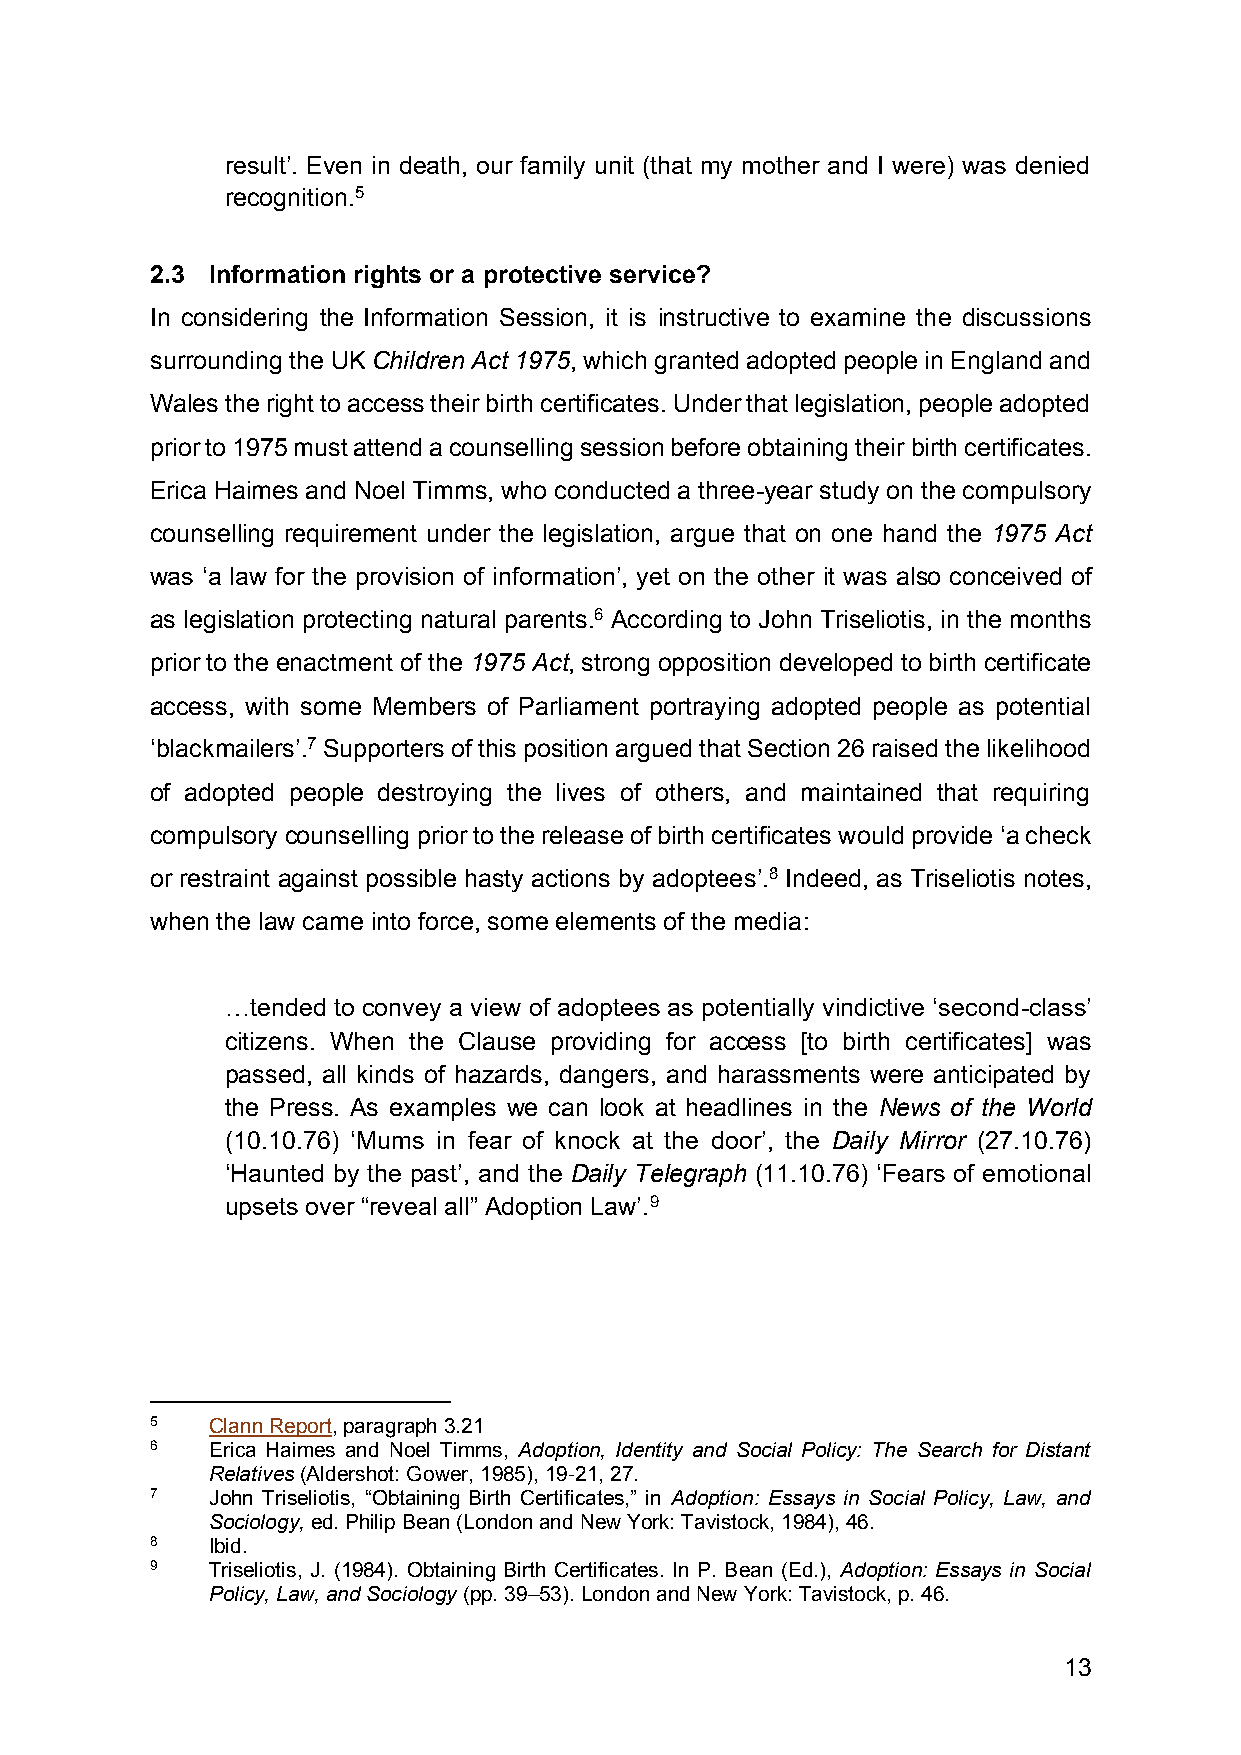
result’. Even in death, our family unit (that my mother and I were) was denied
 recognition.5
 2.3 Information rights or a protective service?
 In considering the Information Session, it is instructive to examine the discussions
 surrounding the UK Children Act 1975, which granted adopted people in England and
 Wales the right to access their birth certificates. Under that legislation, people adopted
 prior to 1975 must attend a counselling session before obtaining their birth certificates.
 Erica Haimes and Noel Timms, who conducted a three-year study on the compulsory
 counselling requirement under the legislation, argue that on one hand the 1975 Act
 was ‘a law for the provision of information’, yet on the other it was also conceived of
 as legislation protecting natural parents.6 According to John Triseliotis, in the months
 prior to the enactment of the 1975 Act, strong opposition developed to birth certificate
 access, with some Members of Parliament portraying adopted people as potential
 ‘blackmailers’.7 Supporters of this position argued that Section 26 raised the likelihood
 of adopted people destroying the lives of others, and maintained that requiring
 compulsory counselling prior to the release of birth certificates would provide ‘a check
 or restraint against possible hasty actions by adoptees’.8 Indeed, as Triseliotis notes,
 when the law came into force, some elements of the media:
 …tended to convey a view of adoptees as potentially vindictive ‘second-class’
 citizens. When the Clause providing for access [to birth certificates] was
 passed, all kinds of hazards, dangers, and harassments were anticipated by
 the Press. As examples we can look at headlines in the News of the World
 (10.10.76) ‘Mums in fear of knock at the door’, the Daily Mirror (27.10.76)
 ‘Haunted by the past’, and the Daily Telegraph (11.10.76) ‘Fears of emotional
 upsets over “reveal all” Adoption Law’.9
 5   Clann Report, paragraph 3.21
 6   Erica Haimes and Noel Timms, Adoption, Identity and Social Policy: The Search for Distant
 Relatives (Aldershot: Gower, 1985), 19-21, 27.
 7   John Triseliotis, “Obtaining Birth Certificates,” in Adoption: Essays in Social Policy, Law, and
 Sociology, ed. Philip Bean (London and New York: Tavistock, 1984), 46.
 8   Ibid.
 9   Triseliotis, J. (1984). Obtaining Birth Certificates. In P. Bean (Ed.), Adoption: Essays in Social
 Policy, Law, and Sociology (pp. 39–53). London and New York: Tavistock, p. 46.
 13